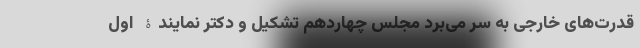
قدرت‌های خارجی به سر می‌برد مجلس چهاردهم تشکیل و دکتر نمایندۀ اول